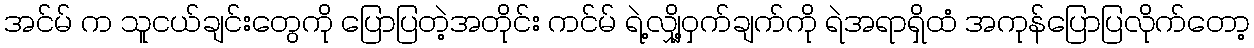
အင်မ် က သူငယ်ချင်းတွေကို ပြောပြတဲ့အတိုင်း ကင်မ် ရဲ့လျှို့ဝှက်ချက်ကို ရဲအရာရှိထံ အကုန်ပြောပြလိုက်တော့